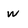
Character: W